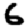
Digit: 6